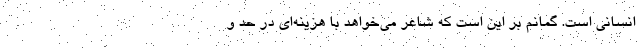
انسانی است. گمانم بر این است که شاعر می‌خواهد با هزینه‌ای در حد و